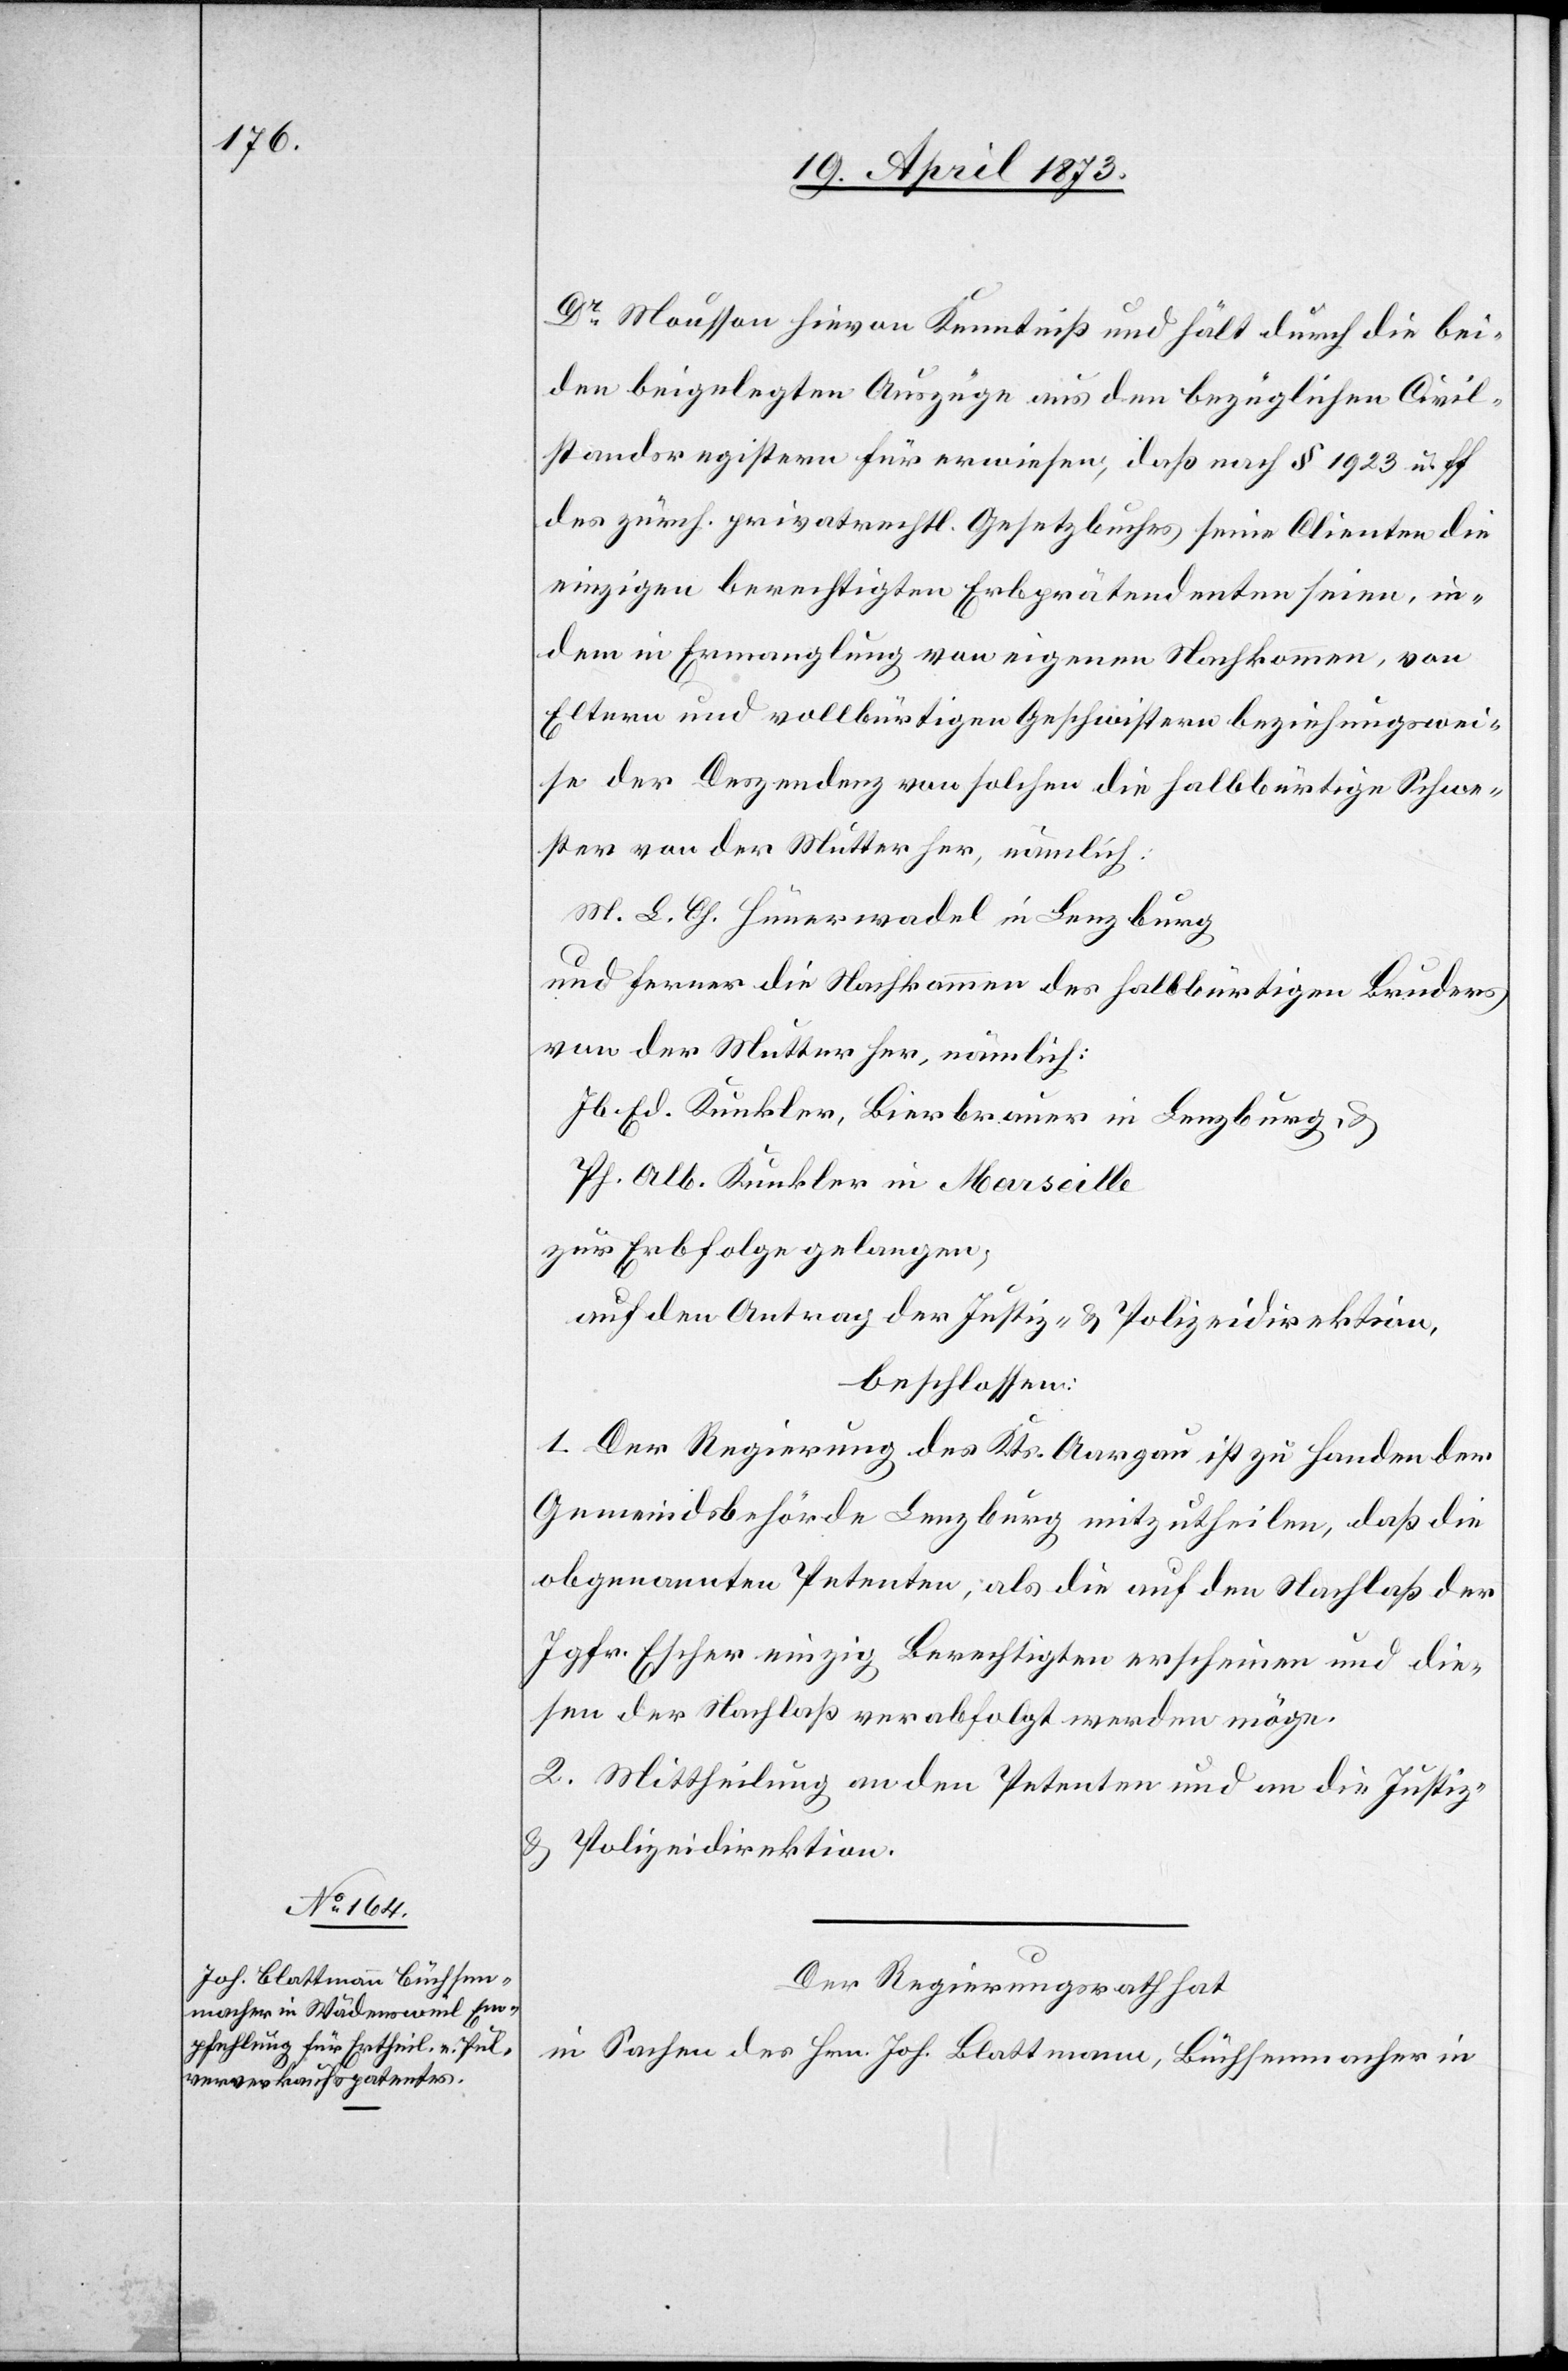
Dr Mousson hievon Kenntniß und hält durch die bei¬
den beigelegten Auszüge aus den bezüglichen Civil¬
standsregistern für erwiesen, daß nach § 1923 u. ff
des zürch. privatrechtl. Gesetzbuches seine Clienten die
einzigen berechtigten Erbprätendenten seien, in¬
dem in Ermangelung von eigenen Nachkommen, von
Eltern und vollbürtigen Geschwistern beziehungswei¬
se der Deszendenz von solchen die halbbürtige Schwe¬
ster von der Mutter her, nämlich:
M. L. Ch. Hünerwadel in Lenzburg
und ferner die Nachkommen des halbbürtigen Bruders
von der Mutter her, nämlich:
Jb. Ed. Kunkler, Bierbrauer in Lenzburg, &
Ph. Alb. Kunkler in Marseille
zur Erbfolge gelangen;
auf den Antrag der Justiz- & Polizeidirektion
beschlossen:
1. Der Regierung des Kts. Aargau ist zu Handen der
Gemeindsbehörde Lenzburg mitzutheilen, daß die
obgenannten Petenten, als die auf den Nachlaß der
Jgfr. Escher einzig Berechtigten erscheinen und die¬
sen der Nachlaß verabfolgt werden möge.
2. Mittheilung an den Petenten und an die Justiz-
&
Polizeidirektion.
Der Regierungsrath hat
In Sachen des Hrn. Joh. Blattmann, Büchsenmacher in